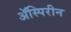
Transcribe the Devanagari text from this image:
ॲस्पिरीन